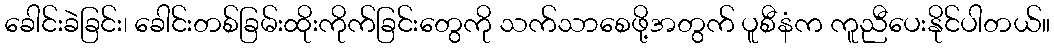
ခေါင်းခဲခြင်း၊ ခေါင်းတစ်ခြမ်းထိုးကိုက်ခြင်းတွေကို သက်သာစေဖို့အတွက် ပူစီနံက ကူညီပေးနိုင်ပါတယ်။